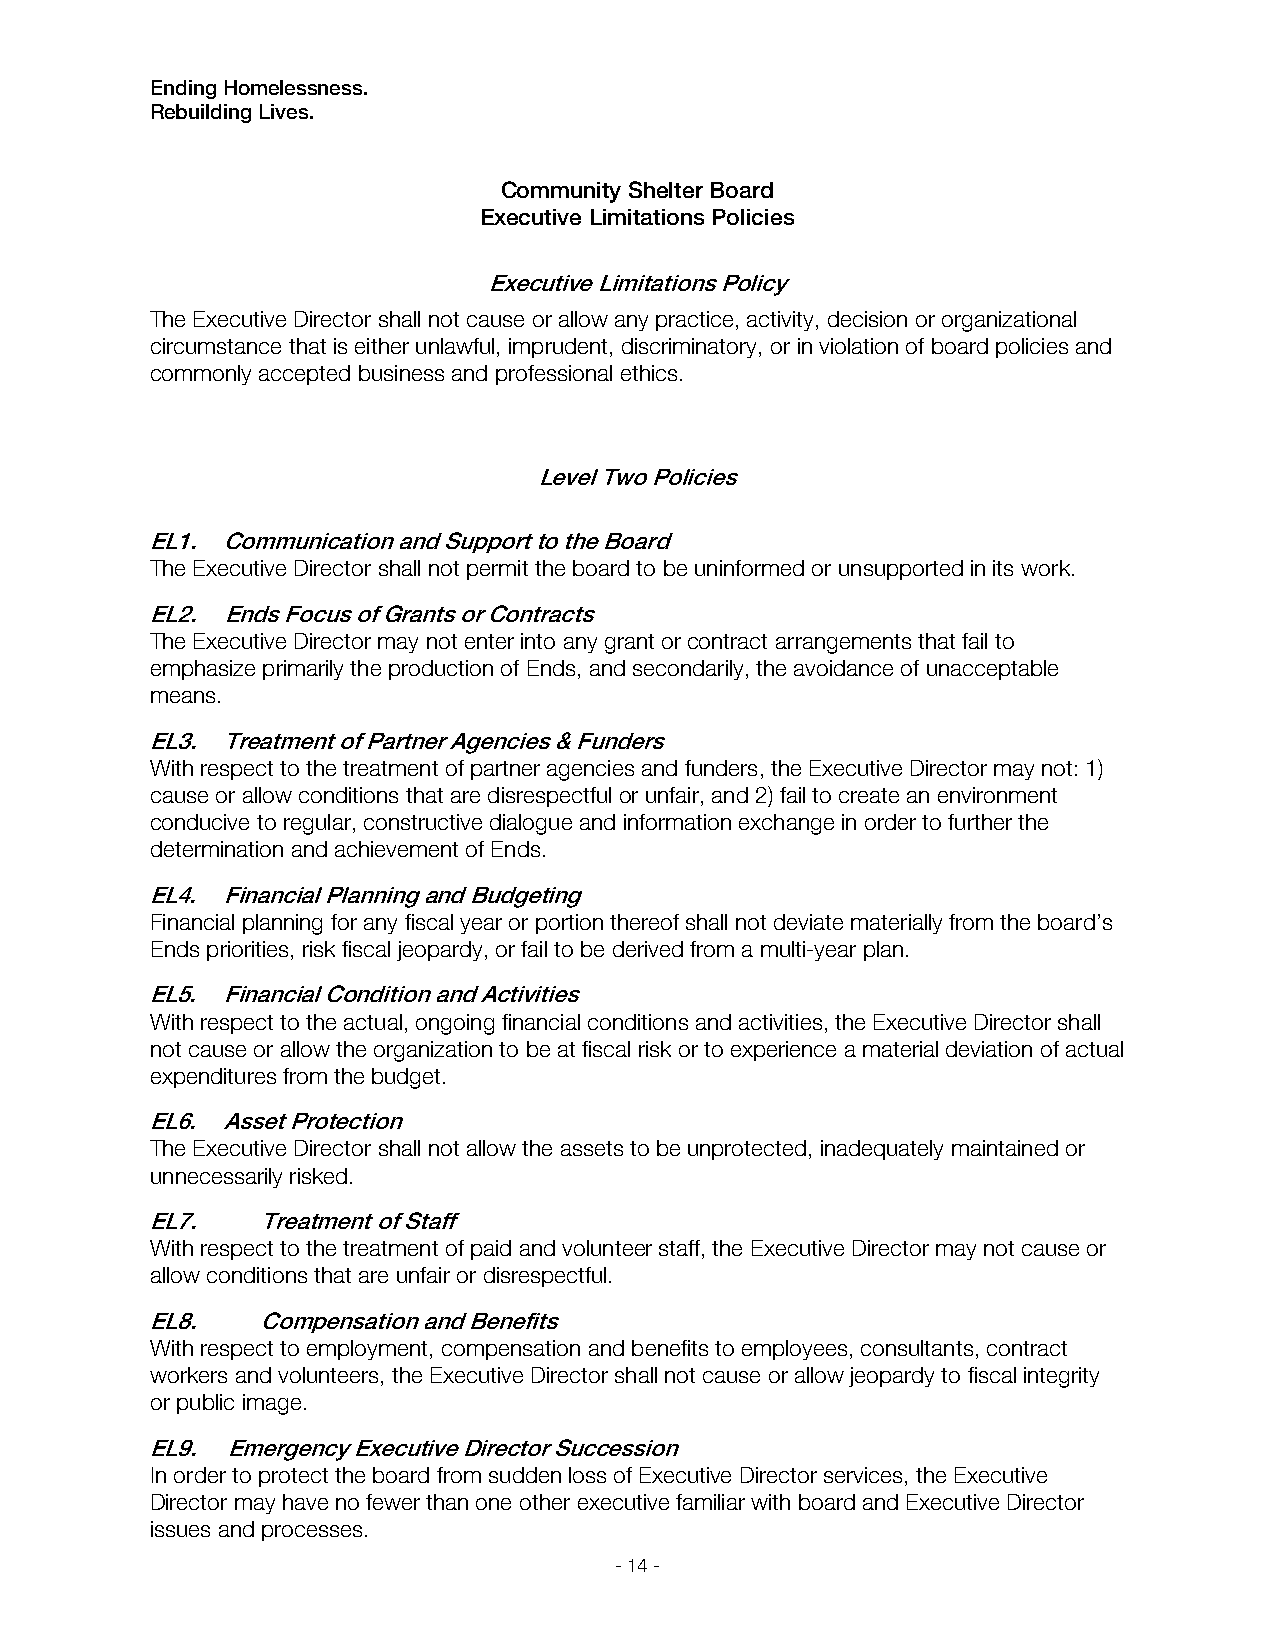
Ending Homelessness.
 Rebuilding Lives.
 Community Shelter Board
 Executive Limitations Policies
 Executive Limitations Policy
 The Executive Director shall not cause or allow any practice, activity, decision or organizational
 circumstance that is either unlawful, imprudent, discriminatory, or in violation of board policies and
 commonly accepted business and professional ethics.
 Level Two Policies
 EL1. Communication and Support to the Board
 The Executive Director shall not permit the board to be uninformed or unsupported in its work.
 EL2. Ends Focus of Grants or Contracts
 The Executive Director may not enter into any grant or contract arrangements that fail to
 emphasize primarily the production of Ends, and secondarily, the avoidance of unacceptable
 means.
 EL3. Treatment of Partner Agencies & Funders
 With respect to the treatment of partner agencies and funders, the Executive Director may not: 1)
 cause or allow conditions that are disrespectful or unfair, and 2) fail to create an environment
 conducive to regular, constructive dialogue and information exchange in order to further the
 determination and achievement of Ends.
 EL4. Financial Planning and Budgeting
 Financial planning for any fiscal year or portion thereof shall not deviate materially from the board’s
 Ends priorities, risk fiscal jeopardy, or fail to be derived from a multi-year plan.
 EL5. Financial Condition and Activities
 With respect to the actual, ongoing financial conditions and activities, the Executive Director shall
 not cause or allow the organization to be at fiscal risk or to experience a material deviation of actual
 expenditures from the budget.
 EL6. Asset Protection
 The Executive Director shall not allow the assets to be unprotected, inadequately maintained or
 unnecessarily risked.
 EL7.   Treatment of Staff
 With respect to the treatment of paid and volunteer staff, the Executive Director may not cause or
 allow conditions that are unfair or disrespectful.
 EL8.   Compensation and Benefits
 With respect to employment, compensation and benefits to employees, consultants, contract
 workers and volunteers, the Executive Director shall not cause or allow jeopardy to fiscal integrity
 or public image.
 EL9. Emergency Executive Director Succession
 In order to protect the board from sudden loss of Executive Director services, the Executive
 Director may have no fewer than one other executive familiar with board and Executive Director
 issues and processes.
 - 14 -